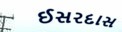
ઈસરદાસ